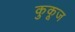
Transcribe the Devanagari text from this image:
कुकूज